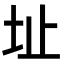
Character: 址